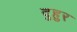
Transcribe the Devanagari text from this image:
दुहुर